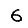
Digit: 6